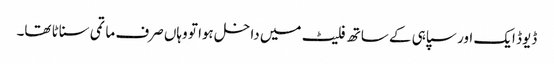
ڈیوڈ ایک اور سپاہی کے ساتھ فلیٹ میں داخل ہوا تو وہاں صرف ماتمی سناٹا تھا۔